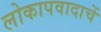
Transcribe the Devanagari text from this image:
लोकापवादाचें